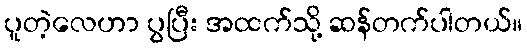
ပူတဲ့လေဟာ ပွပြီး အထက်သို့ ဆန်တက်ပါတယ်။